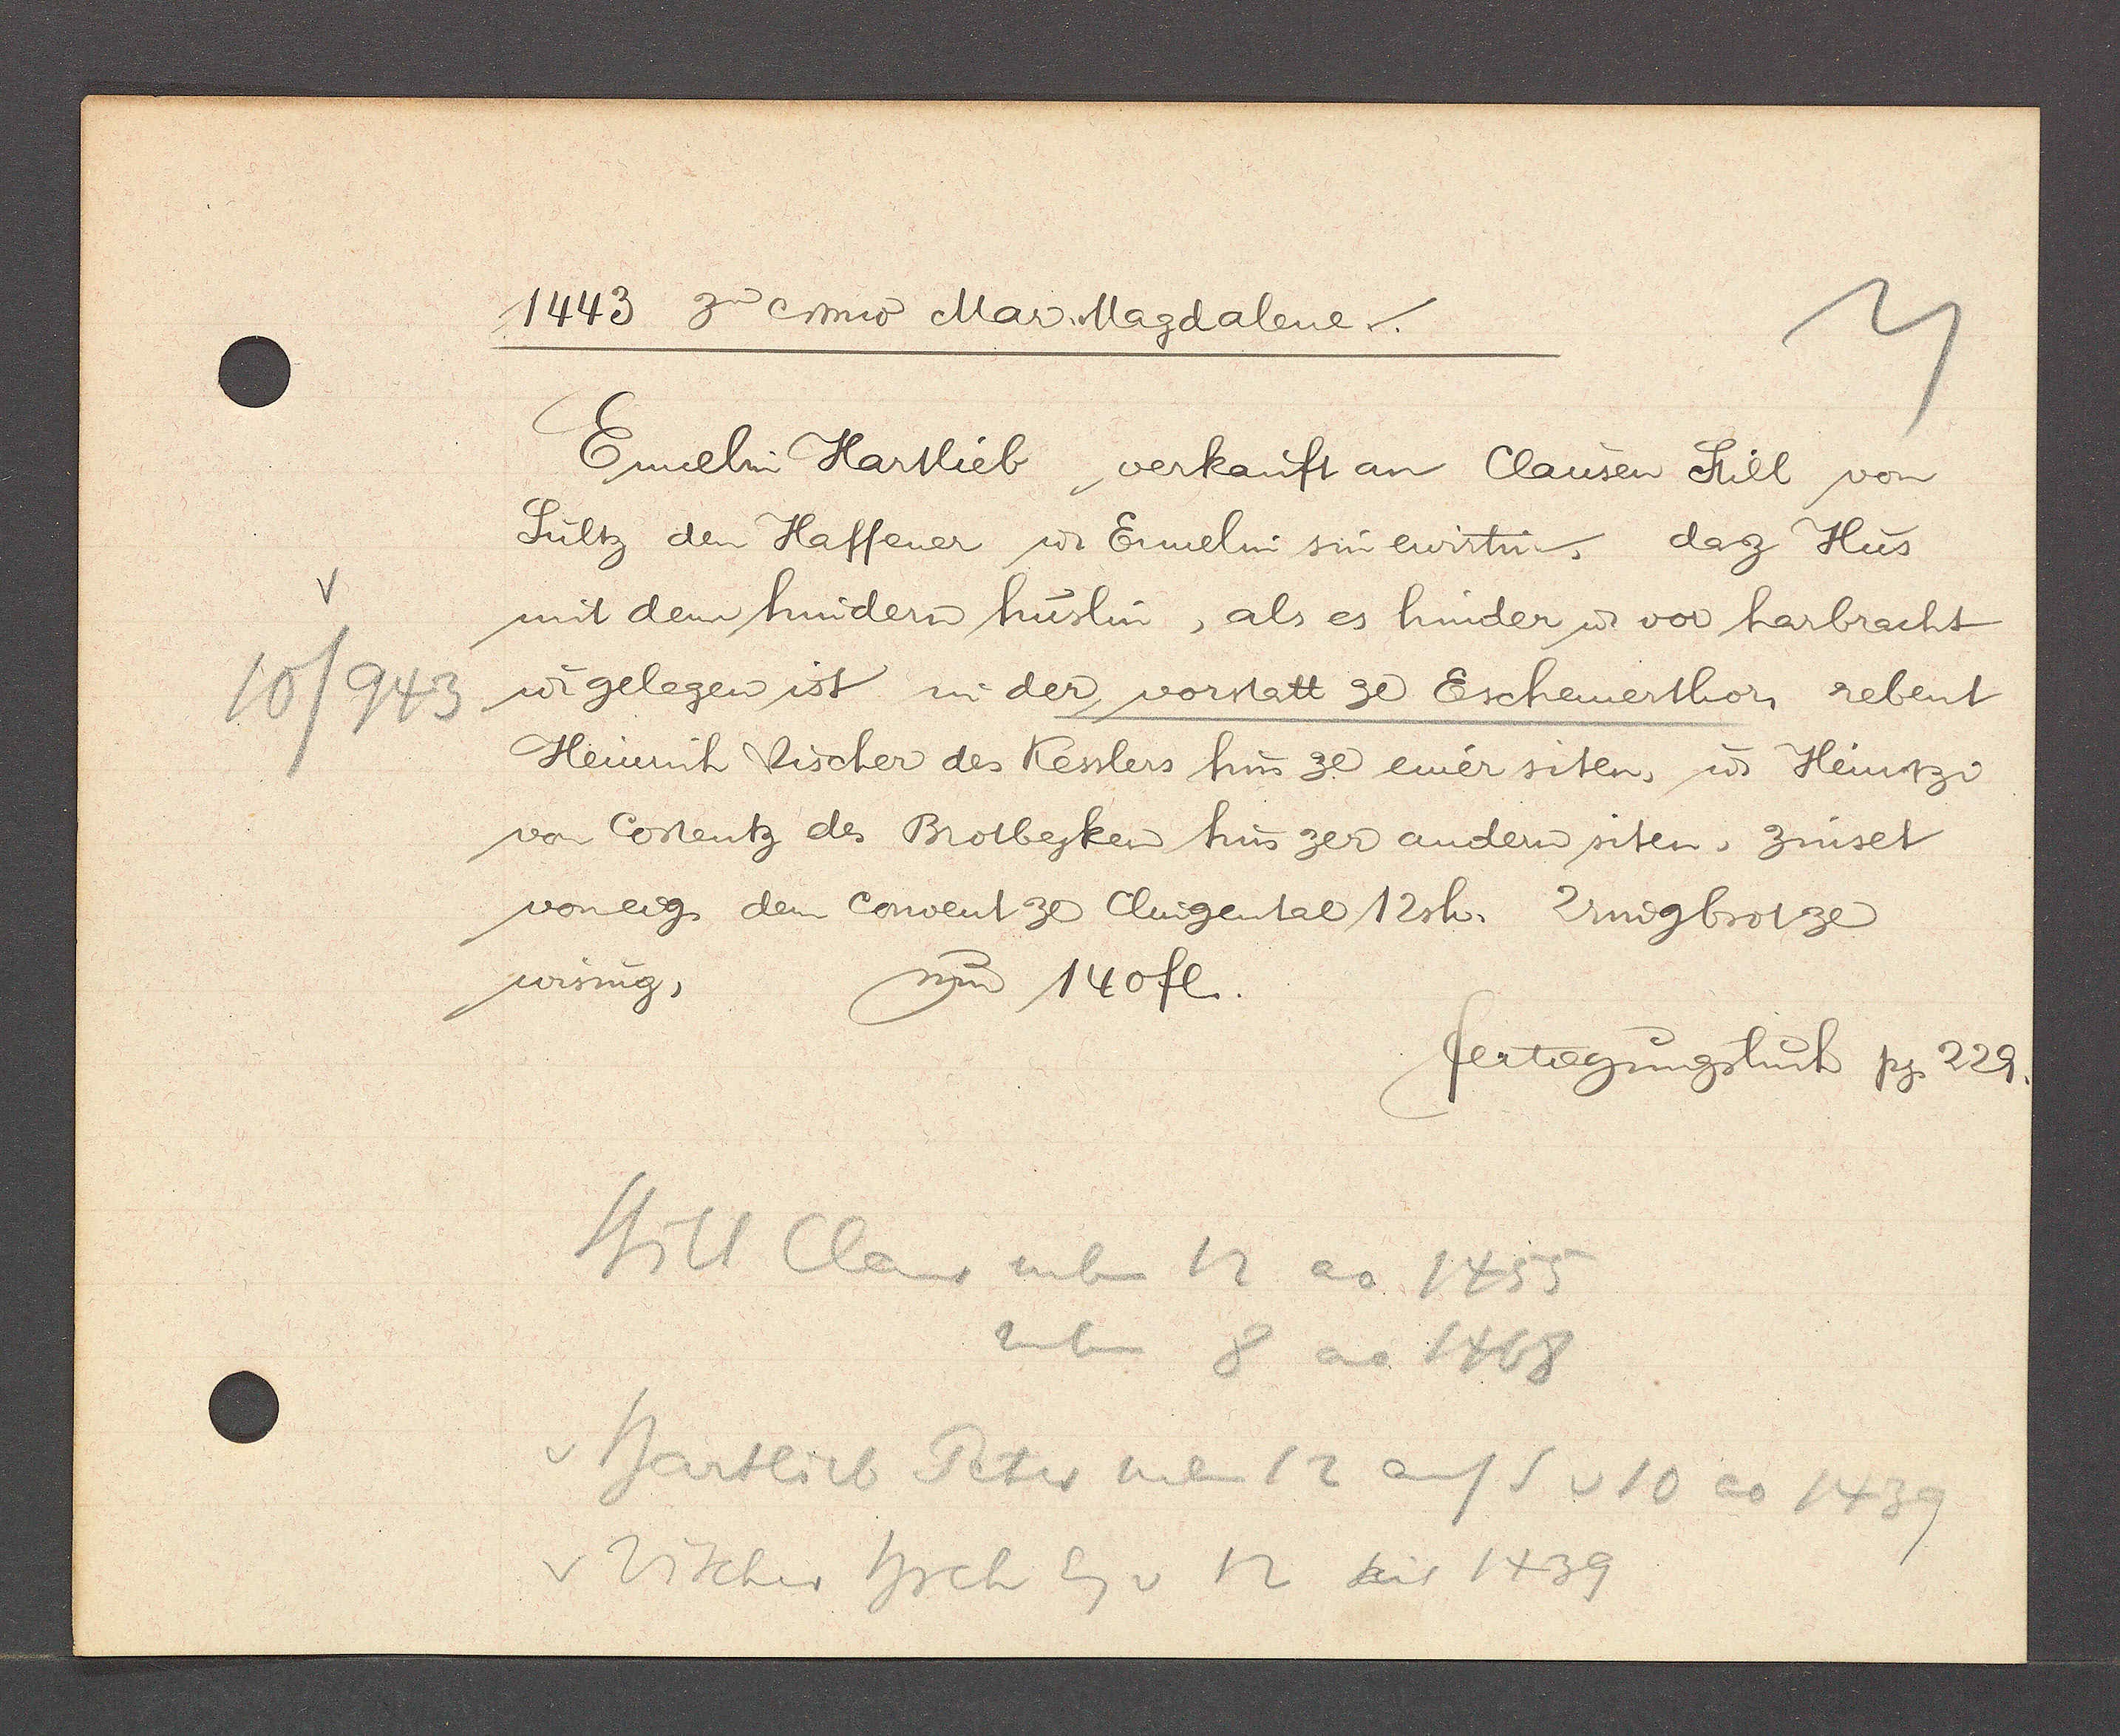
Transcript:
10/943

1443 3a cnvio Mar. Magdalene.

Ennelin Hartlieb verkauft an Clausen Still von
Sültz den Haffener u Ennelin sin ewirtin, daz Hus
mit dem hindern hüslin, als es hinder u vor harbracht
u gelegen ist in der vorsatt ge Eschenerthor, rebent
Heinrich Vischer des Kesslers hus ze einer siten, u Heintzi
von Costentz des Brotbejken hus zer andern siten, zinset
voneig. dem Convent 30 Clingental 12 sh. Zrugbrot ze
sum 140 fl.
wisung,

fertigungsbuch pg.
229.

Still Claus neben 12 ao 1455
neben 8 ao 1468
v Hartlieb Peter neben 12 auf S v 10 ao 1439
v Vischer hrch Eg v 12 seit 1439